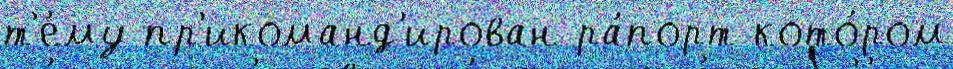
т'е́му пр'икоманд'ирован ра́порт кото́ром